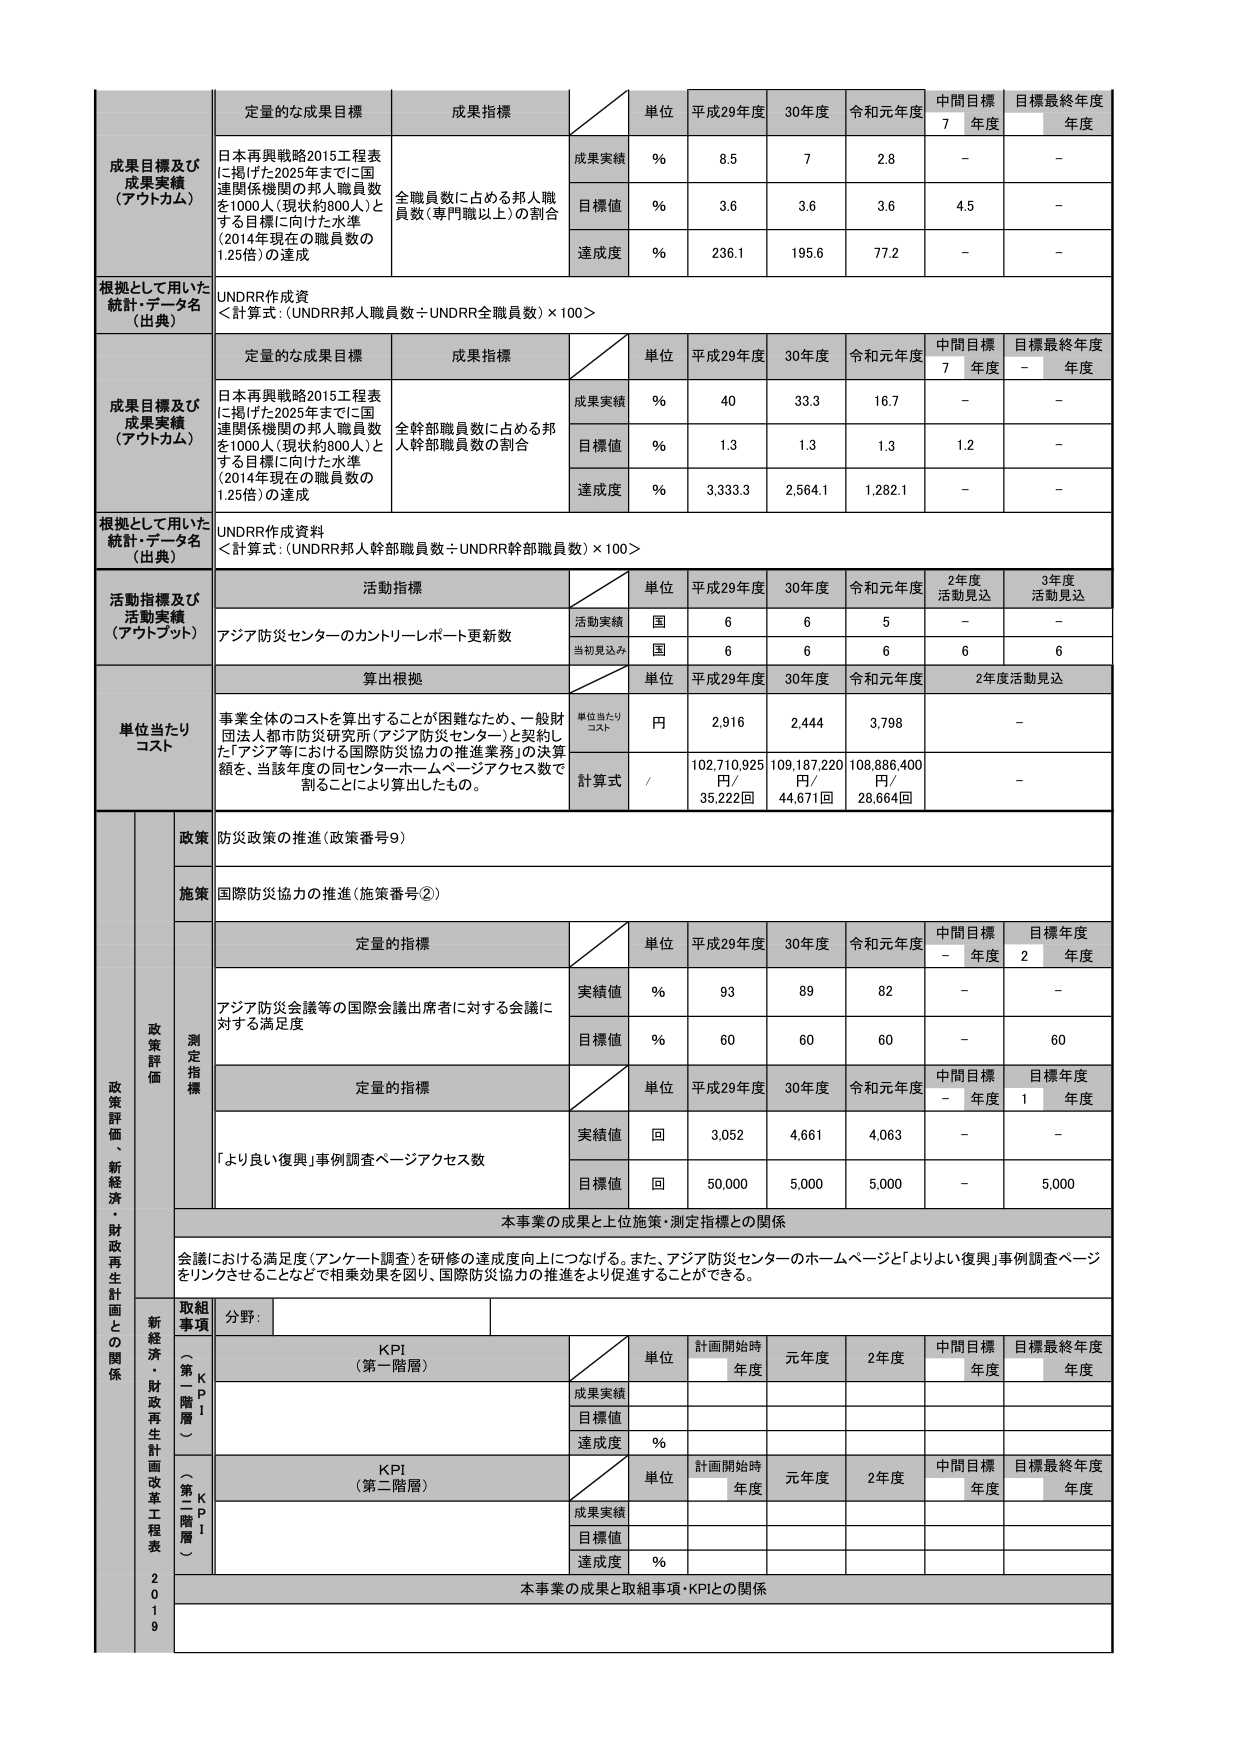
成果目標及び
成果実績
（アウトカム）

定量的な成果目標
日本再興戦略2015工程表
に掲げた2025年までに国
連関係機関の邦人職員数
を1000人（現状約800人）と
する目標に向けた水準
（2014年現在の職員数の
1.25倍）の達成

成果指標
全職員数に占める邦人職
員数（専門職以上）の割合

単位
%
%
%

平成29年度
8.5
3.6
236.1

30年度
7
3.6
195.6

令和元年度
2.8
3.6
77.2

中間目標
7年度
－
4.5
－

目標最終年度
年度
－
－
－

根拠として用いた
統計・データ名
（出典）
UNDRR作成資料
＜計算式：（UNDRR邦人職員数÷UNDRR全職員数）×100＞

成果目標及び
成果実績
（アウトカム）

定量的な成果目標
日本再興戦略2015工程表
に掲げた2025年までに国
連関係機関の邦人職員数
を1000人（現状約800人）と
する目標に向けた水準
（2014年現在の職員数の
1.25倍）の達成

成果指標
全幹部職員数に占める邦
人幹部職員数の割合

単位
%
%
%

平成29年度
40
1.3
3,333.3

30年度
33.3
1.3
2,564.1

令和元年度
16.7
1.3
1,282.1

中間目標
7年度
－
1.2
－

目標最終年度
年度
－
－
－

根拠として用いた
統計・データ名
（出典）
UNDRR作成資料
＜計算式：（UNDRR邦人幹部職員数÷UNDRR幹部職員数）×100＞

活動指標及び
活動実績
（アウトプット）

活動指標
アジア防災センターのカントリーレポート更新数

単位
国
国

平成29年度
6
6

30年度
6
6

令和元年度
5
6

2年度
活動見込
－
6

3年度
活動見込
－
6

算出根拠
事業全体のコストを算出することが困難なため、一般財
団法人都市防災研究所（アジア防災センター）と契約し
た「アジア等における国際防災協力の推進業務」の決算
額を、当該年度の同センターホームページアクセス数で
割ることにより算出したもの。

単位当たり
コスト

単位当たり
コスト
円
/

平成29年度
2,916
102,710,925
円/
35,222回

30年度
2,444
109,187,220
円/
44,671回

令和元年度
3,798
108,886,400
円/
28,664回

2年度活動見込
－
－

政策
防災政策の推進（政策番号9）

施策
国際防災協力の推進（施策番号②）

政策評価、新経済・財政再生計画との関係

測定指標

定量的指標

実績値
%
93
89
82
－
－

目標値
%
60
60
60
－
60

定量的指標

実績値
回
3,052
4,661
4,063
－
－

目標値
回
50,000
5,000
5,000
－
5,000

本事業の成果と上位施策・測定指標との関係
会議における満足度（アンケート調査）を研修の達成度向上につなげる。また、アジア防災センターのホームページと「よりよい復興」事例調査ページをリンクさせることなどで相乗効果を図り、国際防災協力の推進をより促進することができる。

取組事項
分野：

KPI
（第一階層）

単位
計画開始時
年度
元年度
2年度
中間目標
年度
目標最終年度
年度

成果実績

目標値

達成度
%

KPI
（第二階層）

単位
計画開始時
年度
元年度
2年度
中間目標
年度
目標最終年度
年度

成果実績

目標値

達成度
%

本事業の成果と取組事項・KPIとの関係

新経済・財政再生計画改革工程表
2019

政策評価
（アジア防災会議等の国際会議出席者に対する会議に対する満足度）
「より良い復興」事例調査ページアクセス数

中間目標
－年度
目標年度
2年度
中間目標
－年度
目標年度
1年度

単位
平成29年度
30年度
令和元年度
平成29年度
30年度
令和元年度

成果実績
目標値
達成度
%
成果実績
目標値
達成度
%